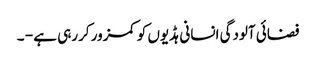
فضائی آلودگی انسانی ہڈیوں کو کمزور کررہی ہے - ۔